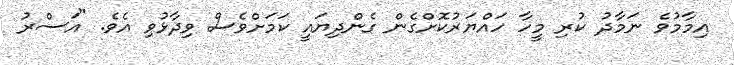
އިމާމުވެ ނަމާދު ކުރި މީހާ ހައްޔަރުކޮށްގެން ގެންދިޔައީ ކަމަށްވެސް ވިދާޅުވި އެވެ. "އަސްރު